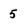
Character: 5